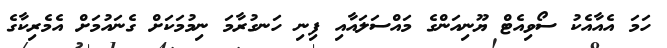
ހަމަ އެއާއެކު ސޯވިއެޓް ޔޫނިއަންގެ މައްސަލައާއި ފިނި ހަނގުރާމަ ނިމުމަކަށް ގެނައުމަށް އެމެރިކާގެ